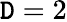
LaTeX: \mathtt{D}=2